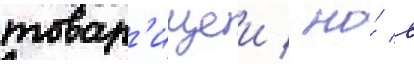
товар'ищеи / но́ в